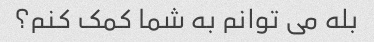
بله می توانم به شما کمک کنم؟